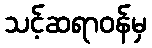
သင့်ဆရာဝန်မှ